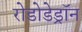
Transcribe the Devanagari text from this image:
रोडोडेड्रॉन